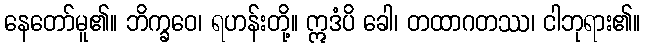
နေတော်မူ၏။ ဘိက္ခဝေ၊ ရဟန်းတို့။ ဣဒံပိ ခေါ၊ တထာဂတဿ၊ ငါဘုရား၏။